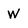
Character: W